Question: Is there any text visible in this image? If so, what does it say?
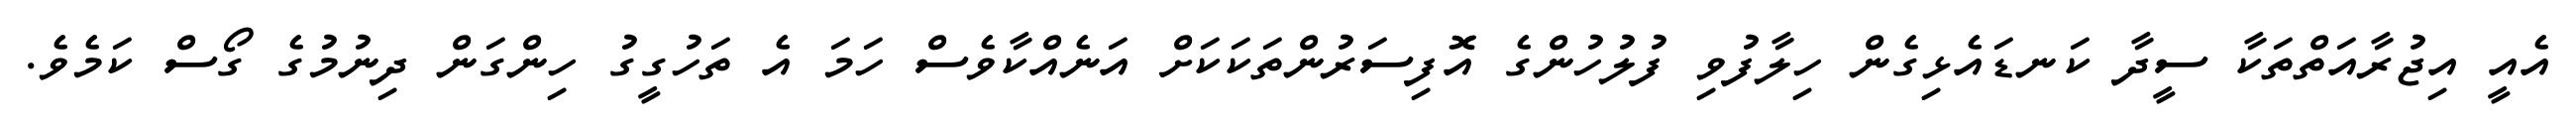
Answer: އެއީ އިޖުރާއަތްތަކާ ސީދާ ކަނޑައެޅިގެން ހިލާފުވި ފުލުހުންގެ އޮފިސަރުންތަކަކަށް އަނެއްކާވެސް ހަމަ އެ ތަހުގީގު ހިންގަން ދިނުމުގެ ގޯސް ކަމެވެ.